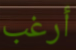
أرغب